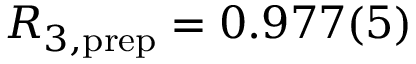
R _ { 3 , \mathrm { p r e p } } = 0 . 9 7 7 ( 5 )